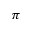
\pi